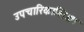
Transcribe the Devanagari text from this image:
उपचारिकाशिक्षा